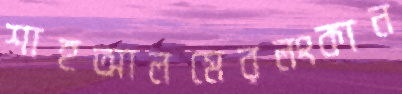
শাহআলমেরলংকান